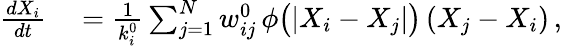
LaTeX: \begin{array}{rl}{\frac{dX_{i}}{dt}}&{{}=\frac{1}{k_{i}^{0}}\sum_{j=1}^{N}w_{ij}^{0}\, \phi\big(|X_{i}-X_{j}|\big)\, (X_{j}-X_{i})\, ,}\end{array}